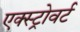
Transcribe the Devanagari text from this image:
एक्स्ट्रोवर्ट